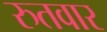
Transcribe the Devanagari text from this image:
रुतवार